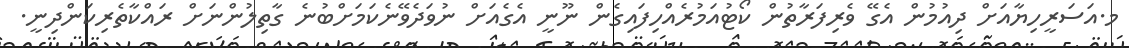
މ.އަސަރީހިޔާއަށް ދިއުމުން އެގޭ ވެރިފަރާތުން ކޯޓުއަމުރެއްހިފައިގެން ނޫނީ އެގެއަށް ނުވަދެވޭނެކަމަށްބުނެ ގާތިލުންނަށް ރައްކާތެރިކަންދިނީ.